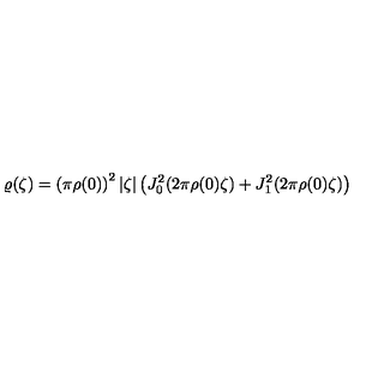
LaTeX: \varrho ( \zeta ) = \left( \pi \rho ( 0 ) \right) ^ { 2 } | \zeta | \left( J _ { 0 } ^ { 2 } ( 2 \pi \rho ( 0 ) \zeta ) + J _ { 1 } ^ { 2 } ( 2 \pi \rho ( 0 ) \zeta ) \right)